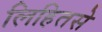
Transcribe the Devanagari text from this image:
लिहितसे